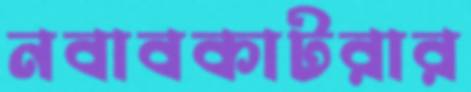
নবাবকাটরার